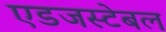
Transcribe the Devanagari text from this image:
एडजस्टेबल